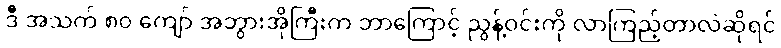
ဒီ အသက် ၈၀ ကျော် အဘွားအိုကြီးက ဘာကြောင့် ညွန့်ဝင်းကို လာကြည့်တာလဲဆိုရင်